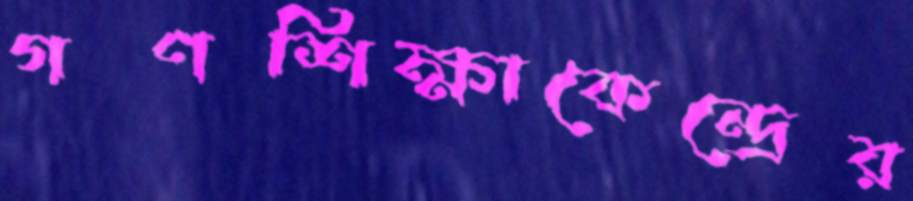
গণশিক্ষাকেন্দ্রের